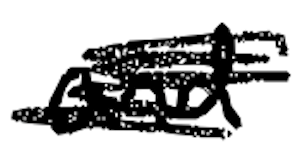
Text: and
Cross-out: scratch
Writing tool: digital_black